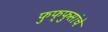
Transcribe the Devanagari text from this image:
फुफ्फुसांचे